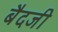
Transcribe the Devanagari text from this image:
बैदजी